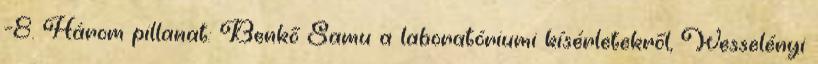
–8. Három pillanat: Benkő Samu a laboratóriumi kísérletekről, Wesselényi